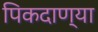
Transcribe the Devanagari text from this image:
पिकदाण्या